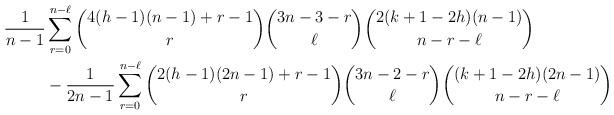
LaTeX: \begin{align*}\frac{1}{n-1} &\sum_{r=0}^{n-\ell} \binom{4(h-1)(n-1)+r-1}{r} \binom{3n-3-r}{\ell} \binom{2(k+1-2h)(n-1)}{n-r-\ell}\\&-\frac{1}{2n-1} \sum_{r=0}^{n-\ell} \binom{2(h-1)(2n-1)+r-1}{r} \binom{3n-2-r}{\ell} \binom{(k+1-2h)(2n-1)}{n-r-\ell}\end{align*}